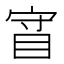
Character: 𰥡